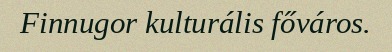
Finnugor kulturális főváros.